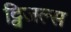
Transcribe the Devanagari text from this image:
ट्विजल्स